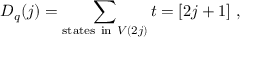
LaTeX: D _ { q } ( j ) = \sum _ { \mathrm { s t a t e s ~ i n ~ } V ( 2 j ) } t = [ 2 j + 1 ] ~ ,